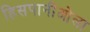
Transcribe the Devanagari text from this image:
हिसपानीओला